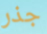
جذر